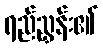
ရည်ညွှန်း၏